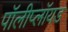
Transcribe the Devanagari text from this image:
पॉलीप्लॉयड